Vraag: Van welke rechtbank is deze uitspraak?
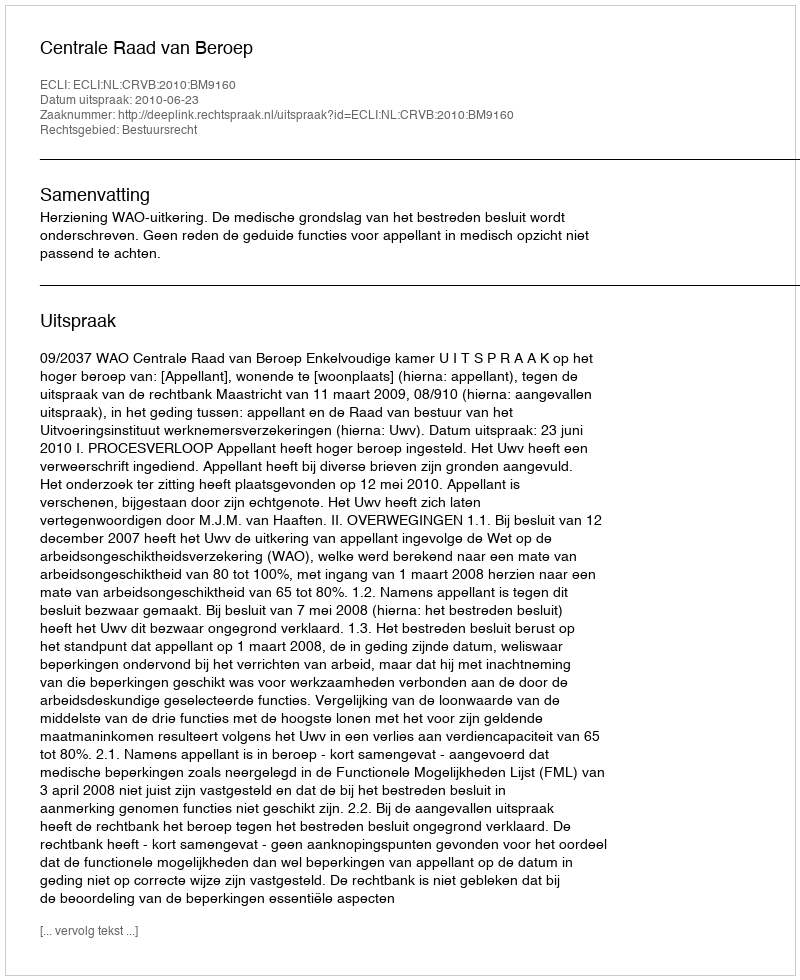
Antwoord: Centrale Raad van Beroep